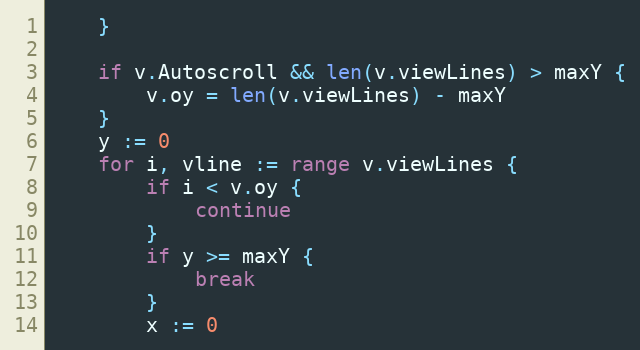
Language: Go
	}

	if v.Autoscroll && len(v.viewLines) > maxY {
		v.oy = len(v.viewLines) - maxY
	}
	y := 0
	for i, vline := range v.viewLines {
		if i < v.oy {
			continue
		}
		if y >= maxY {
			break
		}
		x := 0